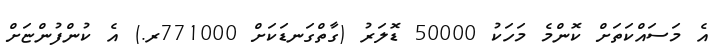
އެ މަސައްކަތަށް ކޮންމެ މަހަކު 50000 ޑޮލަރު (ގާތްގަނޑަކަށް 771000ރ.) އެ ކުންފުންޏަށް